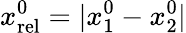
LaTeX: x_{\mathrm{rel}}^{0}=|x_{1}^{0}-x_{2}^{0}|